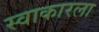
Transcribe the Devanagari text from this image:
स्वाकारला